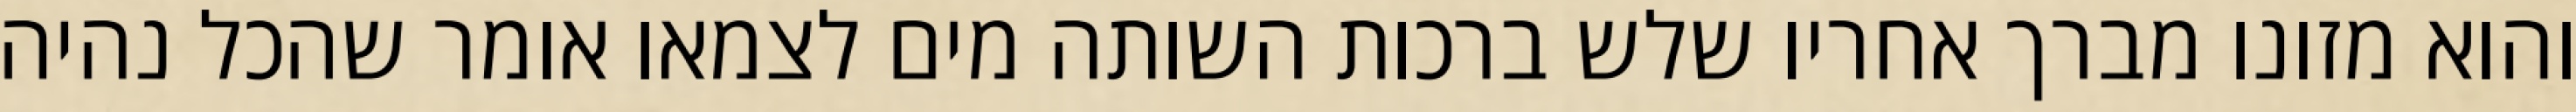
והוא מזונו מברך אחריו שלש ברכות השותה מים לצמאו אומר שהכל נהיה